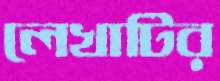
লেখাটির